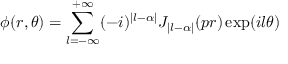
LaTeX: \phi ( r , \theta ) = \sum _ { l = - \infty } ^ { + \infty } ( - i ) ^ { | l - \alpha | } J _ { | l - \alpha | } ( p r ) \exp ( i l \theta )